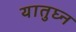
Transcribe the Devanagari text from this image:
यातुघ्न